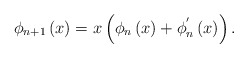
\begin{align*}\phi_{n+1}\left( x\right) =x\left( \phi_{n}\left( x\right) +\phi_{n}^{^{\prime}}\left( x\right) \right) .\end{align*}